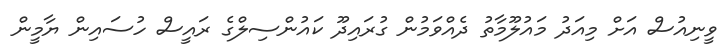
ވީނިއުސް އަށް މިއަދު މައުލޫމާތު ދެއްވަމުން ގުރައިދޫ ކައުންސިލްގެ ރައީސް ހުސައިން ޔާމީން